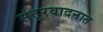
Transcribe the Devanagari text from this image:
संतूरवादनात